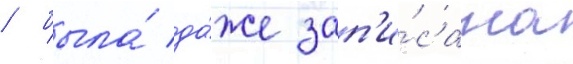
/ была́ да́же зап'и́сана